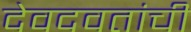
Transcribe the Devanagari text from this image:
देवदवतांची